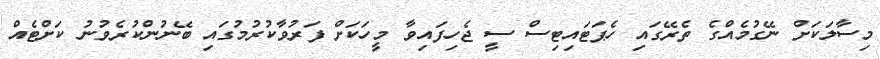
މިސާލަކަށް ނޭގުމެއްގެ ތެރޭގައި ހެޕަޓައިޓިސް ސީ ޖެހިފައިވާ މީހަކަށް ފަރުވާކުރުމުގައި ބޭނުންކުރެވުނު ކަށްޓެއް